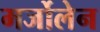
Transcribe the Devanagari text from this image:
मर्जोलेन